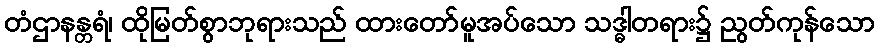
တံဌာနန္တရံ၊ ထိုမြတ်စွာဘုရားသည် ထားတော်မူအပ်သော သဒ္ဓါတရား၌ ညွတ်ကုန်သော